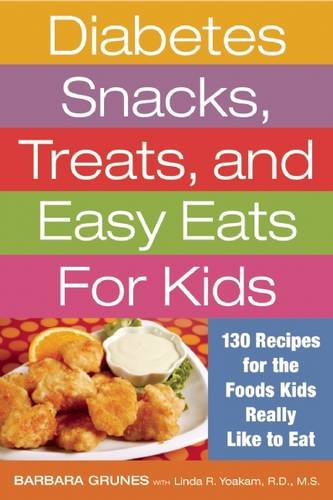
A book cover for Diabetes Snacks, Treats, and Easy Eats for Kids: 130 Recipes for the Foods Kids Really Like to Eat; Barbara Grunes; Cookbooks, Food & Wine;